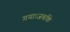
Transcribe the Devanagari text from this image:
गया।जबकि